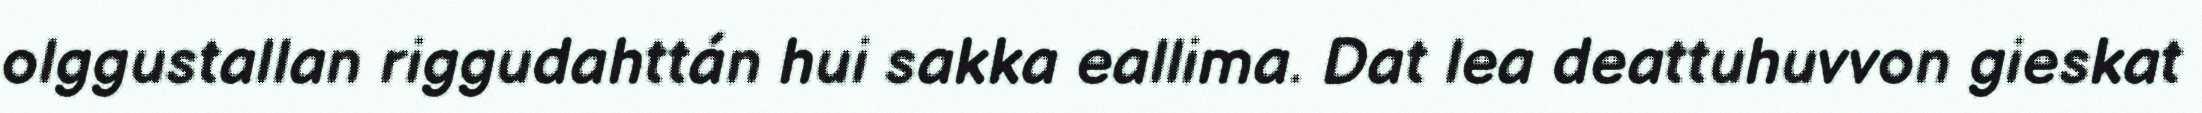
olggustallan riggudahttán hui sakka eallima. Dat lea deattuhuvvon gieskat